Report by Surgeon-Major Lyons, I.M.S., President of the Plague Research Committee - Part I
Disease focus: Plague
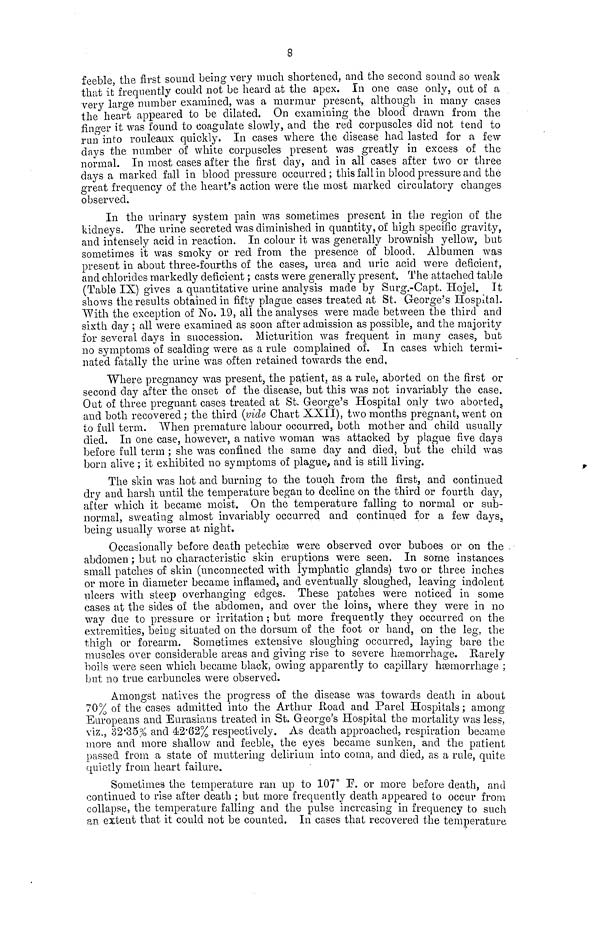
8
feeble, the first sound being very much shortened, and the second sound so weak
that it frequently could not be heard at the apex. In one case only, out of a
very large number examined, was a murmur present, although in many cases
the heart appeared to be dilated. On examining the blood drawn from the
finger it was found to coagulate slowly, and the red corpuscles did not tend to
run into rouleaux quickly. In cases where the disease had lasted for a few
days the number of white corpuscles present was greatly in excess of the
normal. In most cases after the first day, and in all cases after two or three
days a marked fall in blood pressure occurred; this fall in blood pressure and the
great frequency of the heart's action were the most marked circulatory changes
observed.
In the urinary system pain was sometimes present in the region of the
kidneys. The urine secreted was diminished in quantity, of high specific gravity,
and intensely acid in reaction. In colour it was generally brownish yellow, but
sometimes it was smoky or red from the presence of blood. Albumen was
present in about three-fourths of the cases, urea and uric acid were deficient,
and chlorides markedly deficient ; casts were generally present. The attached table
(Table IX) gives a quantitative urine analysis made by Surg.-Capt. Hojel. It
shows the results obtained in fifty plague cases treated at St. George's Hospital.
With the exception of No. 19, all the analyses were made between the third and
sixth day ; all were examined as soon after admission as possible, and the majority
for several days in succession. Micturition was frequent in many cases, but
no symptoms of scalding were as a rule complained of. In cases which termi-
nated fatally the urine was often retained towards the end,
Where pregnancy was present, the patient, as a rule, aborted on the first or
second day after the onset of the disease, but this was not invariably the case.
Out of three pregnant cases treated at St. George's Hospital only two aborted,
and both recovered ; the third (vide Chart XXII), two months pregnant, went on
to full term. When premature labour occurred, both mother and child usually
died. In one case, however, a native woman was attacked by plague five days
before full term ; she was confined the same day and died, but the child was
born alive ; it exhibited no symptoms of plague, and is still living.
The skin was hot and burning to the touch from the first, and continued
dry and harsh until the temperature began to decline on the third or fourth day,
after which it became moist. On the temperature falling to normal or sub-
normal, sweating almost invariably occurred and continued for a few days,
being usually worse at night.
Occasionally before death petechise were observed over buboes or on the .
abdomen ; but no characteristic skin eruptions were seen. In some instances
small patches of skin (unconnected with lymphatic glands) two or three inches
or more in diameter became inflamed, and eventually sloughed, leaving indolent
ulcers with steep overhanging edges. These patches were noticed in some
cases at the sides of the abdomen, and over the loins, where they were in no
way due to pressure or irritation ; but more frequently they occurred on the
extremities, being situated on the dorsum of the foot or hand, on the leg, the
thigh or forearm. Sometimes extensive sloughing occurred, laying bare the
muscles over considerable areas and giving rise to severe haemorrhage. Harely
boils were seen which became black, owing apparently to capillary haemorrhage ;
but no true carbuncles were observed.
Amongst natives the progress of the disease was towards death in about
70% of the cases admitted into the Arthur Road and Parel Hospitals ; among
Europeans and Eurasians treated in St. George's Hospital the mortality was less,
viz., 32.35% and 42.62% respectively. As death approached, respiration became
more and more shallow and feeble, the eyes became sunken, and the patient
passed from a state of muttering delirium into coma, and died, as a rule, quite
quietly from heart failure.
Sometimes the temperature ran up to 107° F. or more before death, and
continued to rise after death ; but more frequently death appeared to occur from
collapse, the temperature falling and the pulse increasing in frequency to such
an extent that it could not be counted. In cases that recovered the temperature